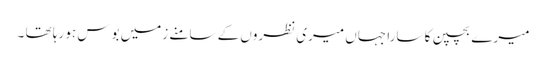
میرے بچپن کا سارا جہاں میری نظروں کے سامنے زمیں بوس ہو رہا تھا ۔